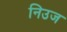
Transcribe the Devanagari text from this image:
निउज